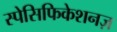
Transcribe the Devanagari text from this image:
स्पेसिफिकेशनज़